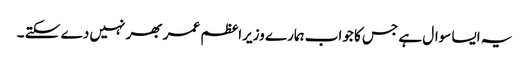
یہ ایسا سوال ہے جس کا جواب ہمارے وزیراعظم عمر بھر نہیں دے سکتے ۔